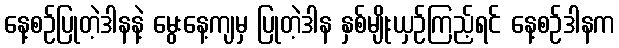
နေ့စဉ်ပြုတဲ့ဒါနနဲ့ မွေးနေ့ကျမှ ပြုတဲ့ဒါန နှစ်မျိုးယှဉ်ကြည့်ရင် နေ့စဉ်ဒါနက